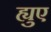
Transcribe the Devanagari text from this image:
ह्युए